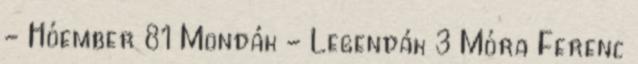
- Hóember 81 Mondák - Legendák 3 Móra Ferenc